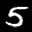
Label: 5